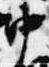
中